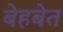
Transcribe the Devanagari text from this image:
बेहबेत